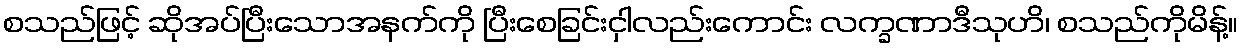
စသည်ဖြင့် ဆိုအပ်ပြီးသောအနက်ကို ပြီးစေခြင်းငှါလည်းကောင်း လက္ခဏာဒီသုဟိ၊ စသည်ကိုမိန့်။